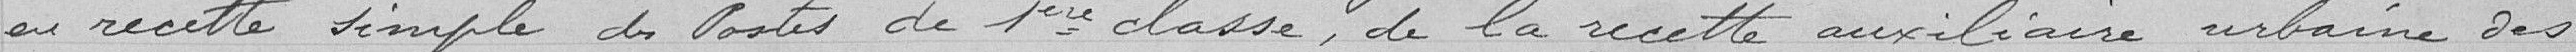
en recette simple de postes de 1ere classe, de la recette auxiliaire urbaine des